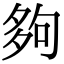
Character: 夠